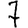
Digit: 7